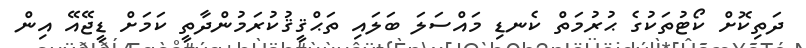
ދަތިކޮށް ކޯޓުތަކުގެ ޙުރުމަތް ކެނޑި މައްސަލަ ބަލައި ތަޙްޤީޤުކުރަމުންދާތީ ކަމަށް ޑީޖޭއޭ އިން